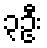
၃ဦး